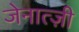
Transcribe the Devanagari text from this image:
जेनात्ज़ी